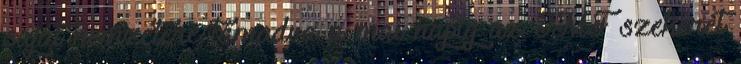
saját nemzetére támadva a mai napig az IMF szekerét